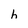
Character: h